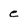
Character: e